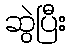
ဆွဲပြီး